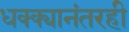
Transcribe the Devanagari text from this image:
धक्क्यानंतरही